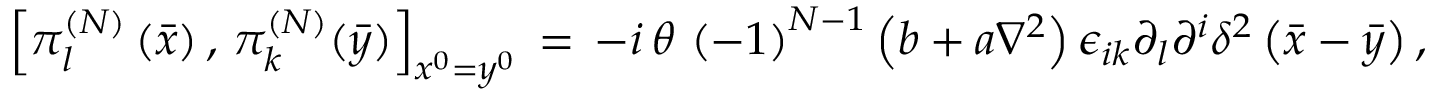
\left[ \pi _ { l } ^ { \left( N \right) } \left( \bar { x } \right) , \, \pi _ { k } ^ { \left( N \right) } ( \bar { y } ) \right] _ { x ^ { 0 } = y ^ { 0 } } \, = \, - i \, \theta \, \left( - 1 \right) ^ { N - 1 } \left( b + a \nabla ^ { 2 } \right) \epsilon _ { i k } \partial _ { l } \partial ^ { i } \delta ^ { 2 } \left( \bar { x } - \bar { y } \right) ,